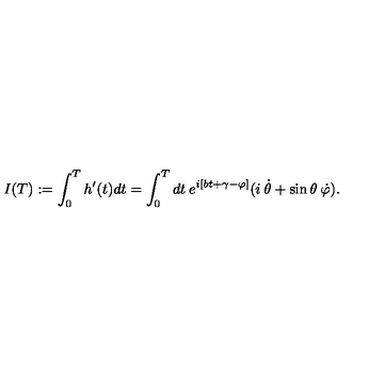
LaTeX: I ( T ) : = \int _ { 0 } ^ { T } h ^ { \prime } ( t ) d t = \int _ { 0 } ^ { T } d t \: e ^ { i [ b t + \gamma - \varphi ] } ( i \: \dot { \theta } + \sin \theta \: \dot { \varphi } ) .